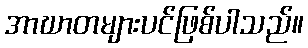
အာဃာတများပင်ဖြစ်ပါသည်။